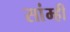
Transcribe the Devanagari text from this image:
सांम्ही